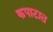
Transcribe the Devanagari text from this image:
कपाटात